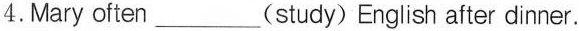
4.Mary often_________(study) English after dinner.